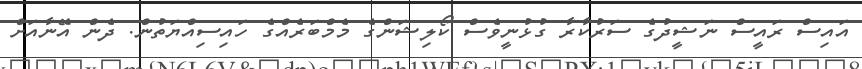
އައިސް ރައީސް ނަޝީދުގެ ސަރުކާރާ ގުޅުނީވެސް ކޯލިޝަންގެ މެމްބަރެއްގެ ހައިސިއްޔަތުން. ދެން އޭނާއަށް